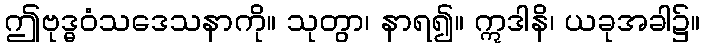
ဤဗုဒ္ဓဝံသဒေသနာကို။ သုတွာ၊ နာရ၍။ ဣဒါနိ၊ ယခုအခါ၌။